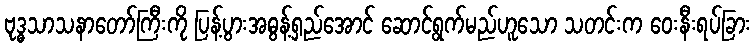
ဗုဒ္ဓသာသနာတော်ကြီးကို ပြန့်ပွားအဓွန့်ရှည်အောင် ဆောင်ရွက်မည်ဟူသော သတင်းက ဝေးနီးရပ်ခြား